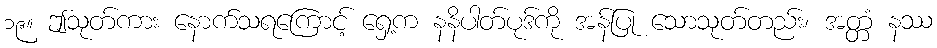
၁၉။ ဤသုတ်ကား နောက်သရကြောင့် ရှေ့က နနိပါတ်ပုဒ်ကို အန်ပြု သောသုတ်တည်း၊ အတ္တံ နဿ